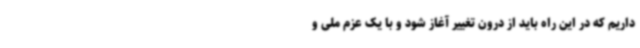
داریم که در این راه باید از درون تغییر آغاز شود و با یک عزم ملی و